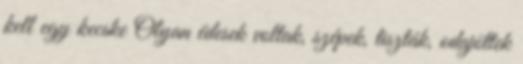
kell egy kecske Olyan édesek voltak, szépek, tiszták, odajöttek